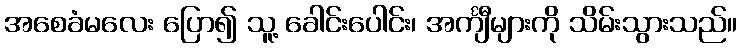
အစေခံမလေး ပြော၍ သူ့ ခေါင်းပေါင်း၊ အင်္ကျီများကို သိမ်းသွားသည်။